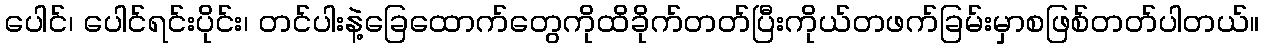
ပေါင်၊ ပေါင်ရင်းပိုင်း၊ တင်ပါးနဲ့ခြေထောက်တွေကိုထိခိုက်တတ်ပြီးကိုယ်တဖက်ခြမ်းမှာစဖြစ်တတ်ပါတယ်။